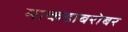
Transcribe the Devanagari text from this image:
माकडाबरोबर